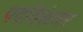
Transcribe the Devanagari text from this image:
पदविकेवर